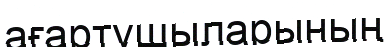
ағартушыларының